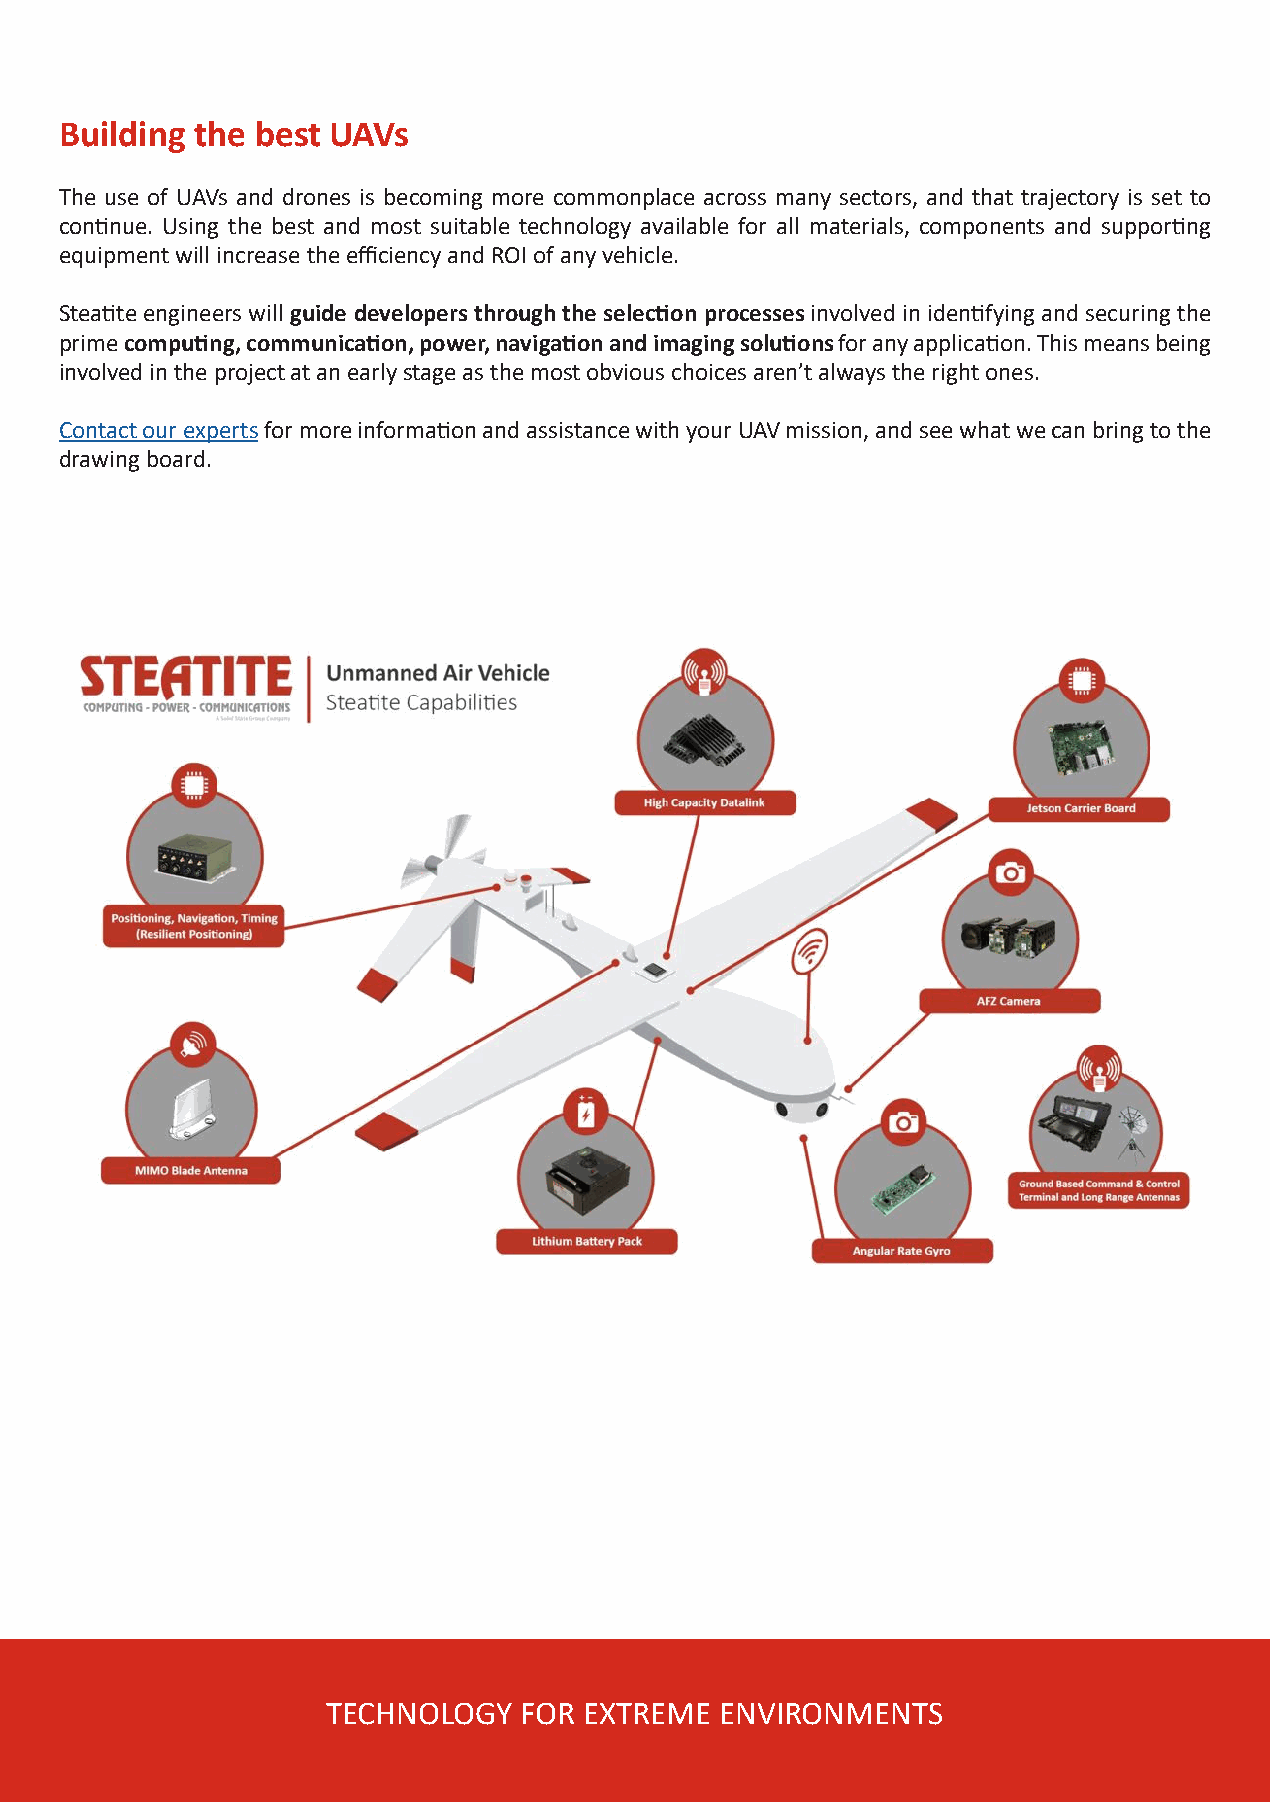
Building the best UAVs
 The use of UAVs and drones is becoming more commonplace across many sectors, and that trajectory is set to
 continue. Using the best and most suitable technology available for all materials, components and supporting
 equipment will increase the efficiency and ROI of any vehicle.
 Steatite engineers will guide developers through the selection processes involved in identifying and securing the
 prime computing, communication, power, navigation and imaging solutions for any application. This means being
 involved in the project at an early stage as the most obvious choices aren’t always the right ones.
 Contact our experts for more information and assistance with your UAV mission, and see what we can bring to the
 drawing board.
 TECHNOLOGY  FOR  EXTREME  ENVIRONMENTS